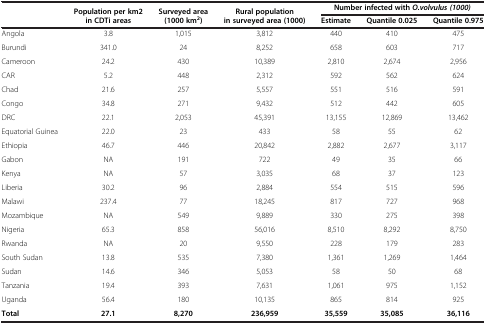
<table><thead><tr><td rowspan="2"><b> </b></td><td rowspan="2"><b>Population per km2 in CDTi areas</b></td><td rowspan="2"><b>Surveyed area (1000 km<sup>2</sup>)</b></td><td rowspan="2"><b>Rural population in surveyed area (1000)</b></td><td colspan="3"><b>Number infected with <i>O.volvulus (1000)</i></b></td></tr><tr><td><b>Estimate</b></td><td><b>Quantile 0.025</b></td><td><b>Quantile 0.975</b></td></tr></thead><tbody><tr><td>Angola</td><td>3.8</td><td>1,015</td><td>3,812</td><td>440</td><td>410</td><td>475</td></tr><tr><td>Burundi</td><td>341.0</td><td>24</td><td>8,252</td><td>658</td><td>603</td><td>717</td></tr><tr><td>Cameroon</td><td>24.2</td><td>430</td><td>10,389</td><td>2,810</td><td>2,674</td><td>2,956</td></tr><tr><td>CAR</td><td>5.2</td><td>448</td><td>2,312</td><td>592</td><td>562</td><td>624</td></tr><tr><td>Chad</td><td>21.6</td><td>257</td><td>5,557</td><td>551</td><td>516</td><td>591</td></tr><tr><td>Congo</td><td>34.8</td><td>271</td><td>9,432</td><td>512</td><td>442</td><td>605</td></tr><tr><td>DRC</td><td>22.1</td><td>2,053</td><td>45,391</td><td>13,155</td><td>12,869</td><td>13,462</td></tr><tr><td>Equatorial Guinea</td><td>22.0</td><td>23</td><td>433</td><td>58</td><td>55</td><td>62</td></tr><tr><td>Ethiopia</td><td>46.7</td><td>446</td><td>20,842</td><td>2,882</td><td>2,677</td><td>3,117</td></tr><tr><td>Gabon</td><td>NA</td><td>191</td><td>722</td><td>49</td><td>35</td><td>66</td></tr><tr><td>Kenya</td><td>NA</td><td>57</td><td>3,035</td><td>68</td><td>37</td><td>123</td></tr><tr><td>Liberia</td><td>30.2</td><td>96</td><td>2,884</td><td>554</td><td>515</td><td>596</td></tr><tr><td>Malawi</td><td>237.4</td><td>77</td><td>18,245</td><td>817</td><td>727</td><td>968</td></tr><tr><td>Mozambique</td><td>NA</td><td>549</td><td>9,889</td><td>330</td><td>275</td><td>398</td></tr><tr><td>Nigeria</td><td>65.3</td><td>858</td><td>56,016</td><td>8,510</td><td>8,292</td><td>8,750</td></tr><tr><td>Rwanda</td><td>NA</td><td>20</td><td>9,550</td><td>228</td><td>179</td><td>283</td></tr><tr><td>South Sudan</td><td>13.8</td><td>535</td><td>7,380</td><td>1,361</td><td>1,269</td><td>1,464</td></tr><tr><td>Sudan</td><td>14.6</td><td>346</td><td>5,053</td><td>58</td><td>50</td><td>68</td></tr><tr><td>Tanzania</td><td>19.4</td><td>393</td><td>7,631</td><td>1,061</td><td>975</td><td>1,152</td></tr><tr><td>Uganda</td><td>56.4</td><td>180</td><td>10,135</td><td>865</td><td>814</td><td>925</td></tr><tr><td><b>Total</b></td><td><b>27.1</b></td><td><b>8,270</b></td><td><b>236,959</b></td><td><b>35,559</b></td><td><b>35,085</b></td><td><b>36,116</b></td></tr></tbody></table>